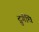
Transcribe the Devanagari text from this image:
द्रुर्गंधि